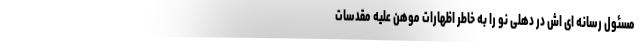
مسئول رسانه ای اش در دهلی نو را به خاطر اظهارات موهن علیه مقدسات